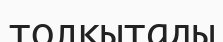
толқытады